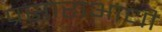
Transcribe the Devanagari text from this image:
प्रसाराआधी